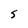
Character: 5